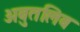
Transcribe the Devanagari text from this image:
अबुतलिब